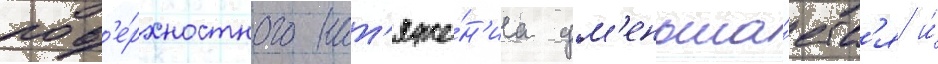
пов'е́рхностного нат'яже́н'иа ум'еньша́етс'я и́